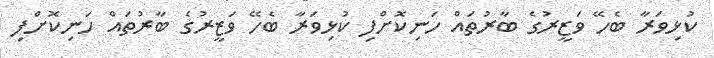
ކުޅިވަރާ ބެހޭ ވަޒީރުގެ ބާރުތައް ހަނިކޮށްފި ކުޅިވަރާ ބެހޭ ވަޒީރުގެ ބާރުތައް ހަނިކޮށްފި